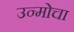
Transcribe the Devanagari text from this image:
उन्मोचा